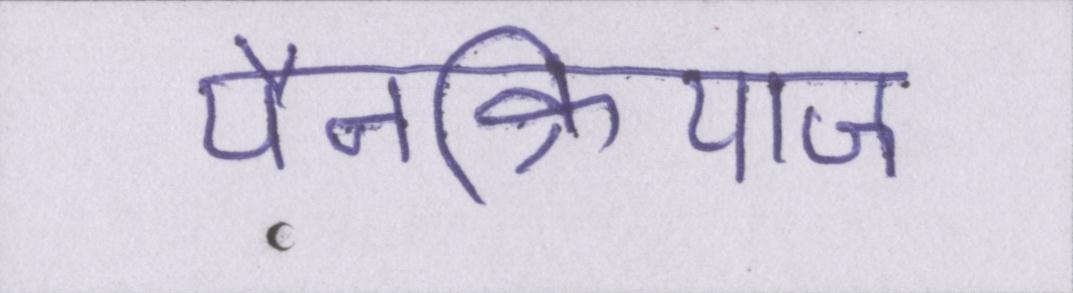
पैनक्रियाज